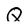
Character: Q